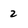
Character: 2